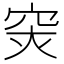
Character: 𥥍